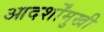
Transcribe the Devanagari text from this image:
आदर्शोंमुखी